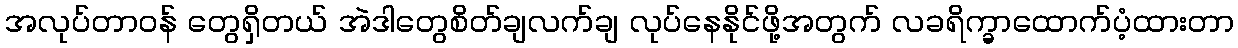
အလုပ်တာဝန် တွေရှိတယ် အဲဒါတွေစိတ်ချလက်ချ လုပ်နေနိုင်ဖို့အတွက် လခရိက္ခာထောက်ပံ့ထားတာ